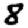
Digit: 8